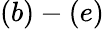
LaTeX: (b)-(e)